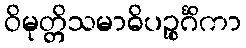
ဝိမုတ္တိသမာဓိပဉ္စင်္ဂိကာ